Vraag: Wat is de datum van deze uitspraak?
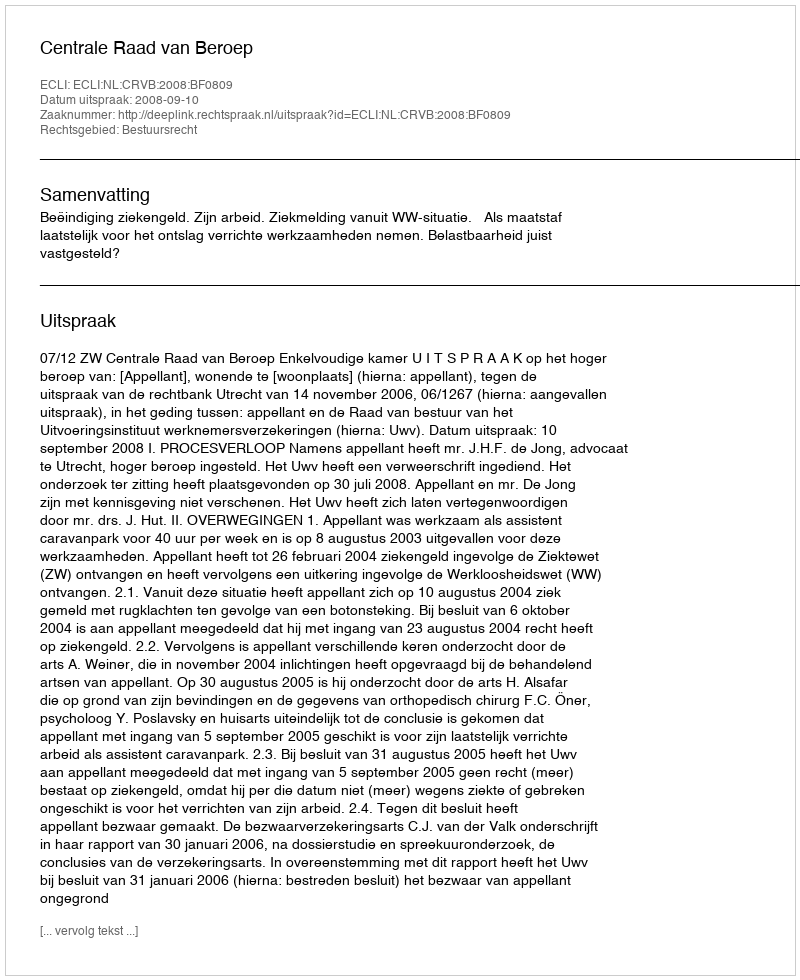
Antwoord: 2008-09-10